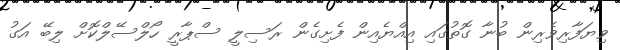
ވިޔަފާރިވެރިން ބުނާ ގޮތުގައި އިއްޔެއިން ފެށިގެން ރަސިލީ ސްޕާރީ ހޯލްސޭލްކޮށް ލިބޭ އަގު